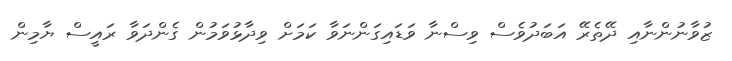
ޒުވާނުންނާއި ދޭތެރޭ އަބަދުވެސް ވިސްނާ ވަޑައިގަންނަވާ ކަމަށް ވިދާޅުވަމުން ގެންދަވާ ރައީސް ޔާމިން